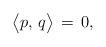
LaTeX: \begin{align*} \big\langle p,\,q\big\rangle\,=\,0, \end{align*}